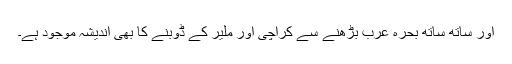
اور ساتھ ساتھ بحرہ عرب بڑھنے سے کراچی اور ملیر کے ڈوبنے کا بھی اندیشہ موجود ہے۔